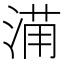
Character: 𱧒